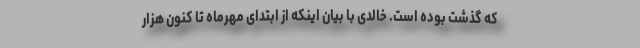
که گذشت بوده است. خالدی با بیان اینکه از ابتدای مهرماه تا کنون هزار